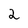
Character: 2